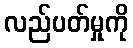
လည်ပတ်မှုကို